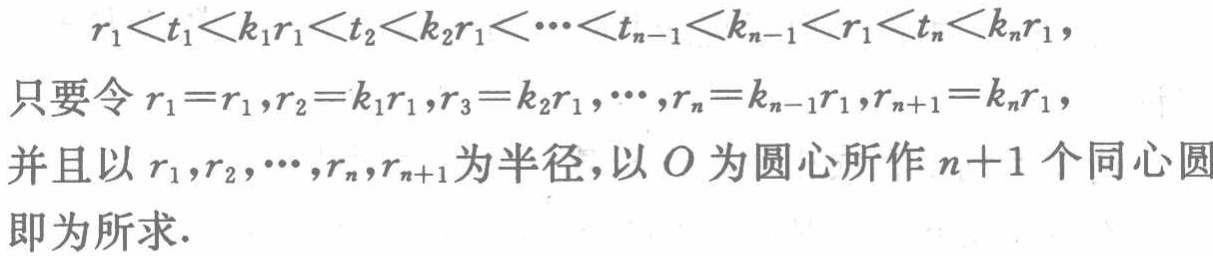
\[

r_{1}<t_{1}<k_{1}r_{1}<t_{2}<k_{2}r_{1}<\cdots <t_{n - 1}<k_{n - 1}<r_{1}<t_{n}<k_{n}r_{1},

\]

只要令\(r_{1}=r_{1},r_{2}=k_{1}r_{1},r_{3}=k_{2}r_{1},\cdots,r_{n}=k_{n - 1}r_{1},r_{n + 1}=k_{n}r_{1}\)，并且以\(r_{1},r_{2},\cdots,r_{n},r_{n + 1}\)为半径，以\(O\)为圆心所作\(n + 1\)个同心圆即为所求.